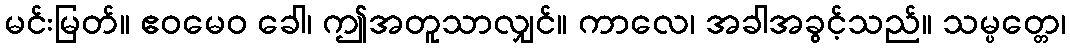
မင်းမြတ်။ ဧဝမေဝ ခေါ၊ ဤအတူသာလျှင်။ ကာလေ၊ အခါအခွင့်သည်။ သမ္ပတ္တေ၊